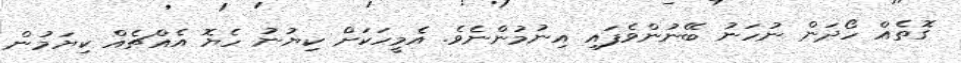
ގޮތެއް ހޯދަން ނުހަނު ބޭނުންވެފައި އިނުމުންނެވެ. އެމީހަކަށް ކިޔުނު ހެޔޮ އެއްޗެއް ކިޔަމުން